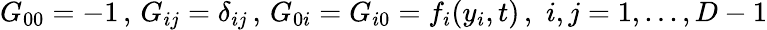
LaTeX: G_{00}=-1\, ,\, G_{ij}=\delta_{ij}\, ,\, G_{0i}=G_{i0}=f_{i}(y_{i},t)\, ,\, \, i,j=1,...,D-1